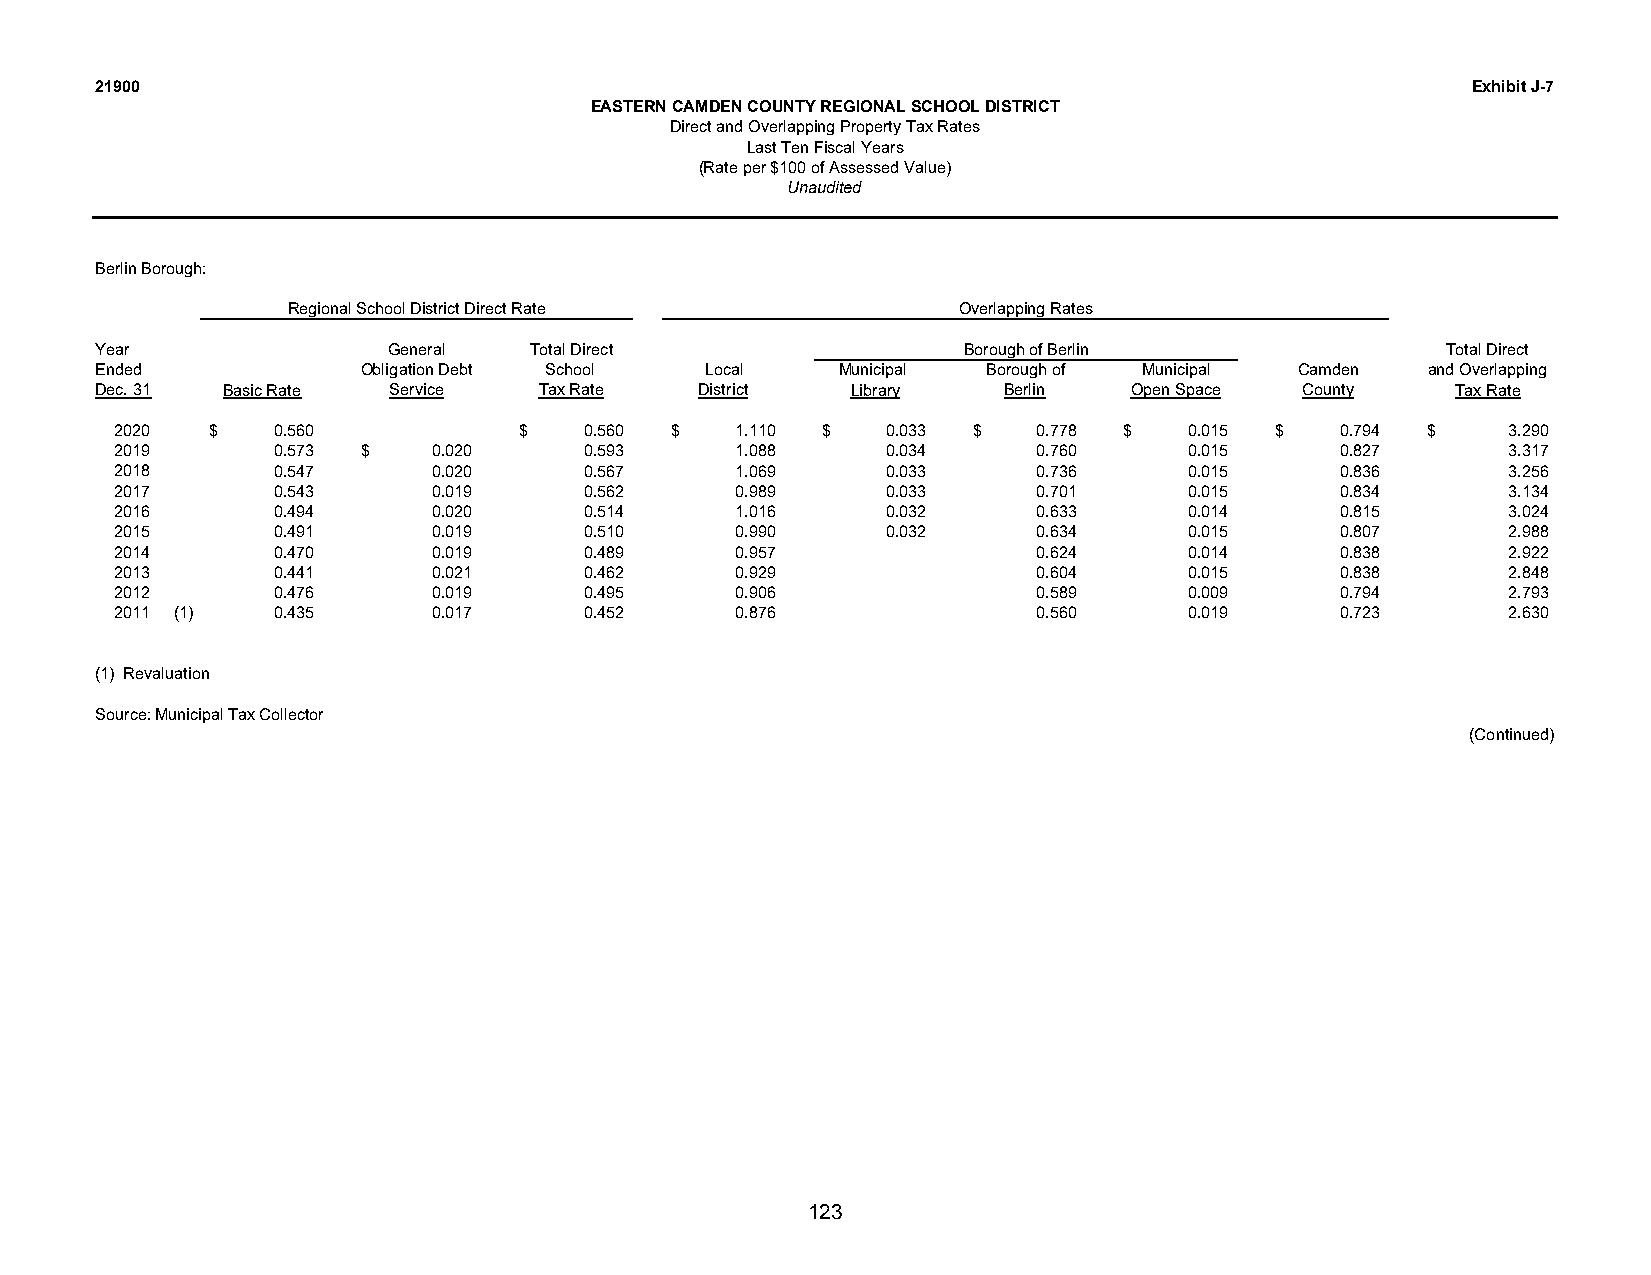
21900                                                                                      Exhibit J-7
 EASTERN CAMDEN COUNTY REGIONAL SCHOOL DISTRICT
 Direct and Overlapping Property Tax Rates
 Last Ten Fiscal Years
 (Rate per $100 of Assessed Value)
 Unaudited
 Berlin Borough:
 Regional School District Direct Rate        Overlapping Rates
 Year                General  Total Direct                 Borough of Berlin               Total Direct
 Ended             Obligation Debt School Local   Municipal Borough of Municipal Camden   and Overlapping
 Dec. 31  Basic Rate Service   Tax Rate  District  Library   Berlin   Open Space County    Tax Rate
 2020  $   0.560           $    0.560 $   1.110 $   0.033 $   0.778 $   0.015 $   0.794 $    3.290
 2019      0.573 $    0.020     0.593     1.088     0.034     0.760     0.015     0.827      3.317
 2018      0.547      0.020     0.567     1.069     0.033     0.736     0.015     0.836      3.256
 2017      0.543      0.019     0.562     0.989     0.033     0.701     0.015     0.834      3.134
 2016      0.494      0.020     0.514     1.016     0.032     0.633     0.014     0.815      3.024
 2015      0.491      0.019     0.510     0.990     0.032     0.634     0.015     0.807      2.988
 2014      0.470      0.019     0.489     0.957               0.624     0.014     0.838      2.922
 2013      0.441      0.021     0.462     0.929               0.604     0.015     0.838      2.848
 2012      0.476      0.019     0.495     0.906               0.589     0.009     0.794      2.793
 2011 (1)  0.435      0.017     0.452     0.876               0.560     0.019     0.723      2.630
 (1) Revaluation
 Source: Municipal Tax Collector
 (Continued)
 123